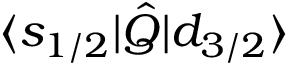
\langle s _ { 1 / 2 } | \hat { Q } | d _ { 3 / 2 } \rangle